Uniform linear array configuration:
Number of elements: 64
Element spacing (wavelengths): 0.5
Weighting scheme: kaiser
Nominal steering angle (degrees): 45
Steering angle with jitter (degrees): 46.201
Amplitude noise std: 0.05
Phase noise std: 0.05

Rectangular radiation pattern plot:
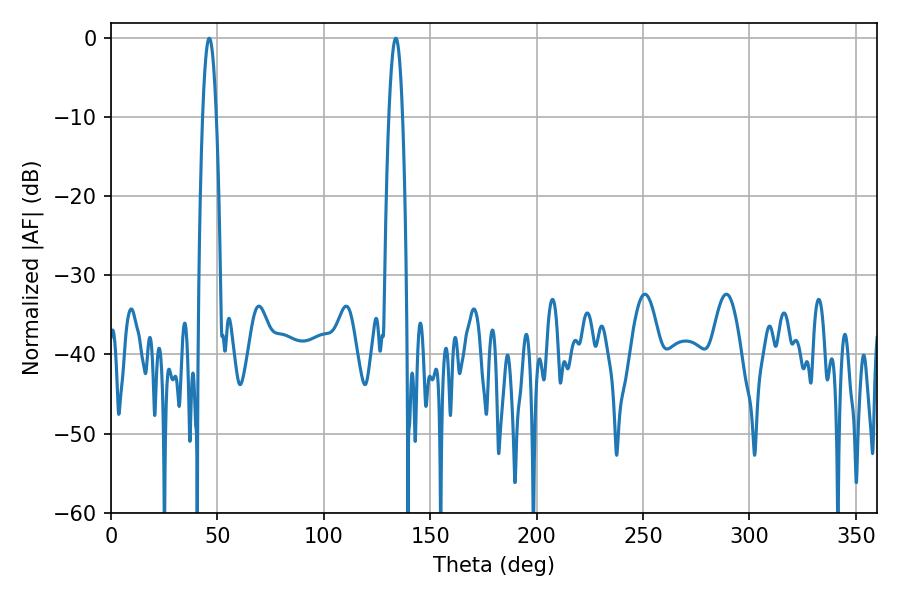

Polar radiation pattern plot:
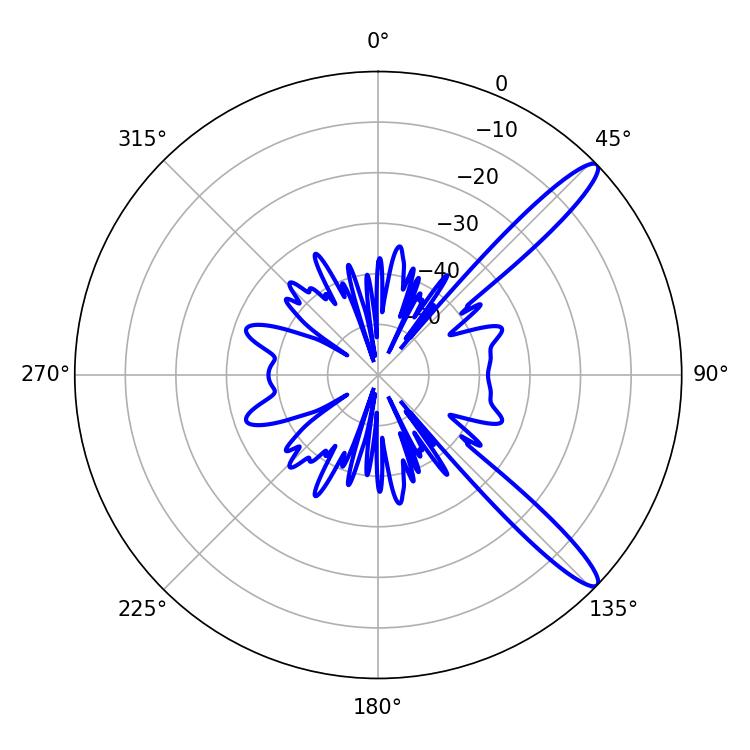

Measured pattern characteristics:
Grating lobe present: FALSE
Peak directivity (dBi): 13.137
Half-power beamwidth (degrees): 3.42
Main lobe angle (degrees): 46.26